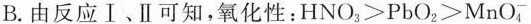
B.由反应Ⅰ、Ⅱ可知，氧化性：$$H N